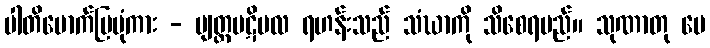
ပါတိမောက်ပြပုံကား - ဗျတ္တပဋိဗလ ရဟန်းသည် သံဃာကို သိစေရမည်။ သုဏာတု မေ